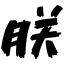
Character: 朕